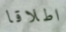
اطلاقا